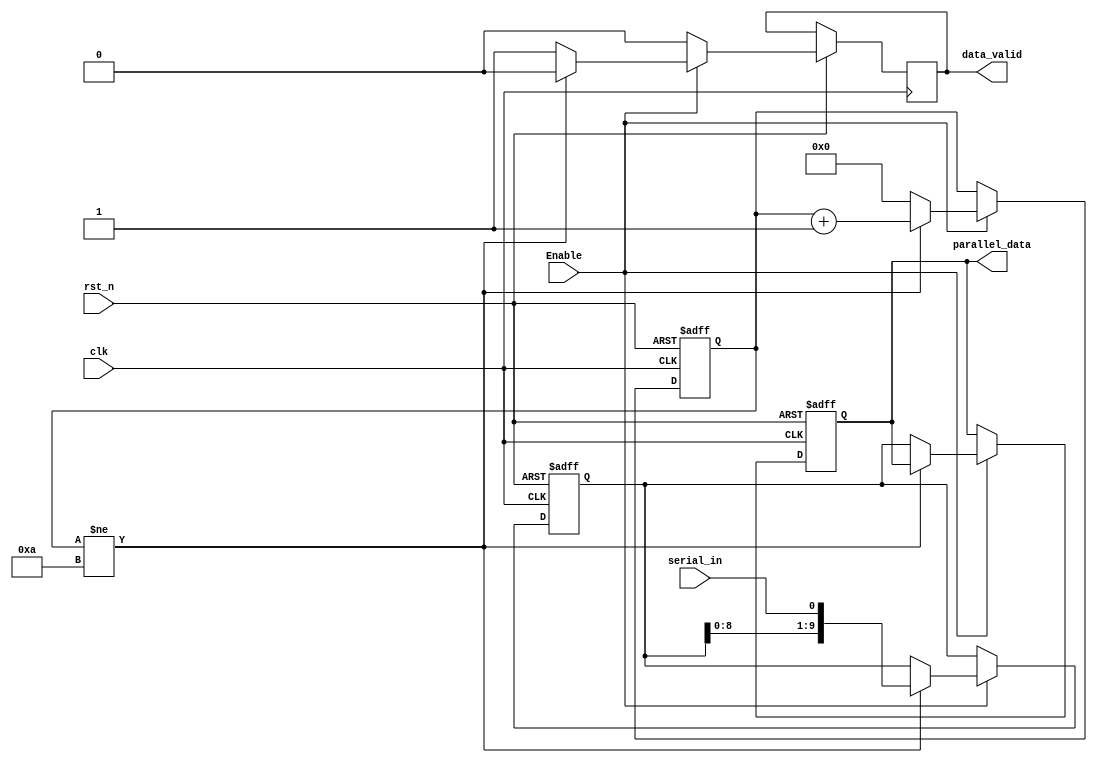
module serial_to_parallel 
(
	input wire 		  clk,
	input wire 		  rst_n,
	input wire 		  Enable,
	input wire 		  serial_in,
	output reg [9:0]  parallel_data,
	output reg 	  	  data_valid
);

	reg [3:0] counter;
	reg [9:0] temp_reg;

	// serial to parallel conversion 
	/* **************************************************** */
	always @(posedge clk or negedge rst_n) begin
		if (~rst_n) begin
			// reset
			temp_reg <= 10'b0;
			counter  <= 4'b0; 
			parallel_data <= 10'b0;
		end
		else if (Enable) begin
			if (counter != 4'd10) begin
				temp_reg <= {temp_reg[9:0], serial_in} ;
				counter  <= counter + 1;
				data_valid <= 1'b0;
			end
			else begin
				parallel_data <= temp_reg;
				data_valid <= 1'b1;
				counter <= 4'b0;
			end	
		end
		else begin
			data_valid <= 1'b0;
		end
	end
	/* **************************************************** */


endmodule